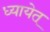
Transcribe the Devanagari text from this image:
ध्यायेत्